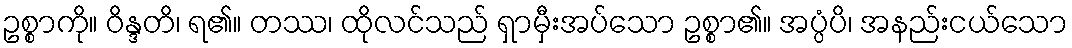
ဥစ္စာကို။ ဝိန္ဒတိ၊ ရ၏။ တဿ၊ ထိုလင်သည် ရှာမှီးအပ်သော ဥစ္စာ၏။ အပ္ပံပိ၊ အနည်းငယ်သော